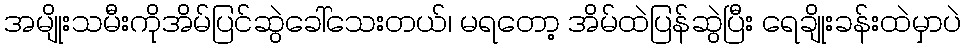
အမျိုးသမီးကိုအိမ်ပြင်ဆွဲခေါ်သေးတယ်၊ မရတော့ အိမ်ထဲပြန်ဆွဲပြီး ရေချိုးခန်းထဲမှာပဲ